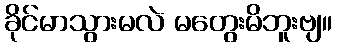
ခိုင်မာသွားမလဲ မတွေးမိဘူးဗျ။